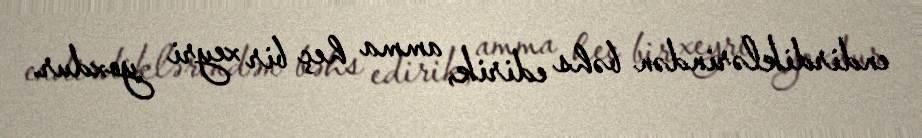
endirdiklərindən bəhs edirik, amma heç bir xeyri yoxdur.